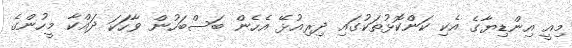
މިއީ އިންޑިޔާގެ އެކި ކަންކޮޅުތަކުގައި ދިރިއުޅޭ އެހެން ބަސްބަހުން ވާހަަކަ ދައްކާ މީހުންގެ